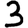
Digit: 3